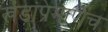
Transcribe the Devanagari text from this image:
खंडांप्रमाणेच